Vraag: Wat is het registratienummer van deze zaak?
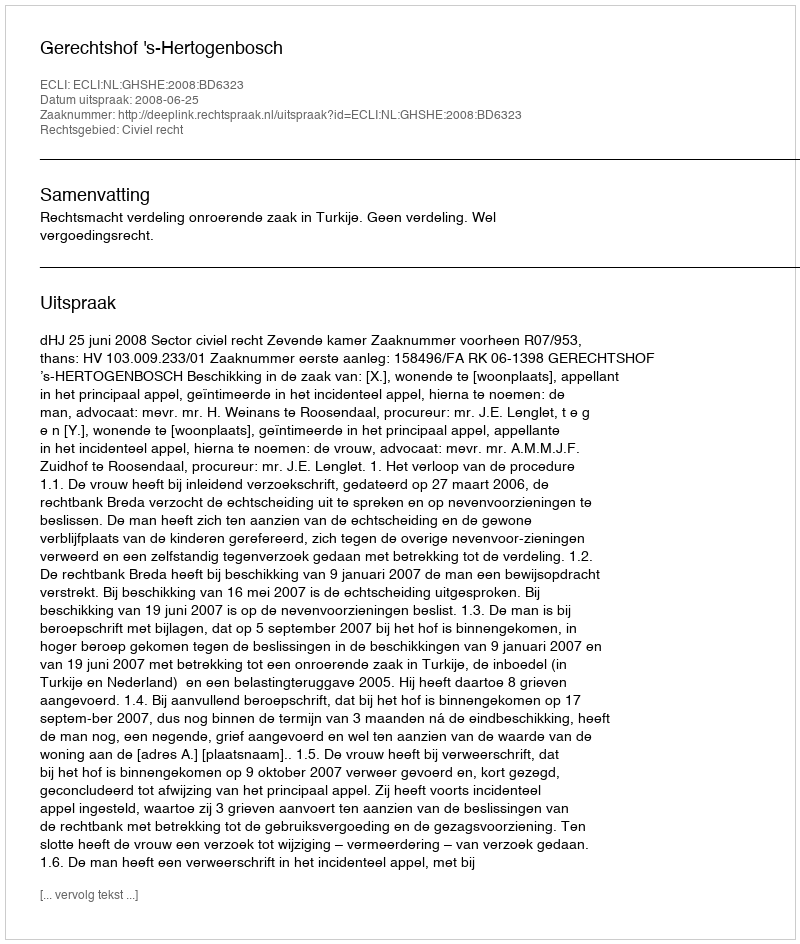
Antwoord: http://deeplink.rechtspraak.nl/uitspraak?id=ECLI:NL:GHSHE:2008:BD6323